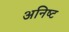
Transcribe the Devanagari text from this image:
अनिष्‍ट